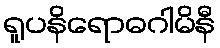
ရူပနိရောဓဂါမိနီ